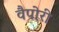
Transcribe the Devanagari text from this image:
वैपोरी